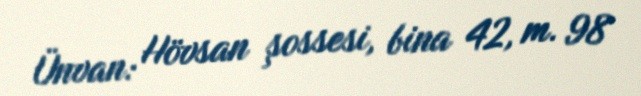
Ünvan: Hövsan şossesi, bina 42, m. 98